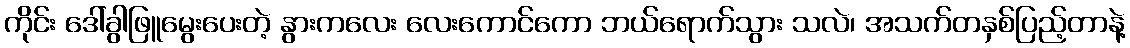
ကိုင်း ဒေါ်ခွါဖြူမွေးပေးတဲ့ နွားကလေး လေးကောင်ကော ဘယ်ရောက်သွား သလဲ၊ အသက်တနှစ်ပြည့်တာနဲ့